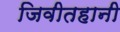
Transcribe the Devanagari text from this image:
जिवीतहानी